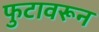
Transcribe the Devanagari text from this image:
फुटावरून